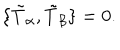
\{ \tilde { T } _ { \alpha } , \tilde { T } _ { \beta } \} = 0 .